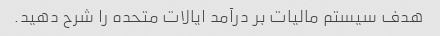
هدف سیستم مالیات بر درآمد ایالات متحده را شرح دهید.